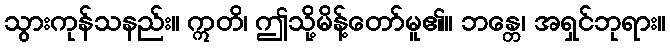
သွားကုန်သနည်း။ ဣတိ၊ ဤသို့မိန့်တော်မူ၏။ ဘန္တေ၊ အရှင်ဘုရား။